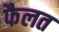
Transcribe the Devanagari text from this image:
फैलत